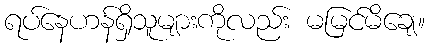
ရပ်နေဟန်ရှိသူများကိုလည်း မမြင်မိချေ။